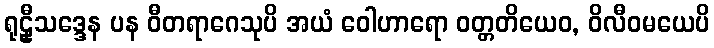
ရုဠှီသဒ္ဒေန ပန ဝီတရာဂေသုပိ အယံ ဝေါဟာရော ဝတ္တတိယေဝ, ဝိလီဝမယေပိ